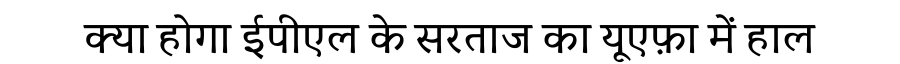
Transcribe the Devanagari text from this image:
क्या होगा ईपीएल के सरताज का यूएफ़ा में हाल